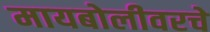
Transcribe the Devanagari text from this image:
मायबोलीवरचे